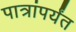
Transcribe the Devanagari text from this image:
पात्रांपर्यंत